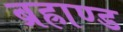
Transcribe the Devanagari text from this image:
ब्रह्राण्ड